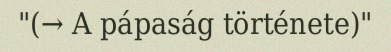
"(→ A pápaság története)"